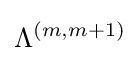
\Lambda ^{(m,m+1)}